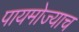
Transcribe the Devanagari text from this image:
पायमोज्याच